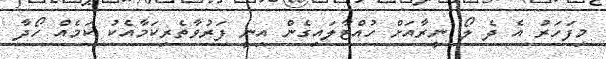
މިފަހަރު އެ ދެ ލޯ ނީރާއަށް ހުއްޓާލައިގެން އިނީ ފަރުވާތެރިކަމާއެކު ކަމެއް ހޯދާ